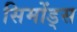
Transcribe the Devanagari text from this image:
सिमोंड्स